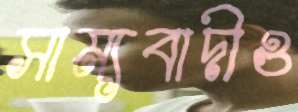
সাম্যবাদীও